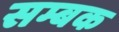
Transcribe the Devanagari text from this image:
सम्बक